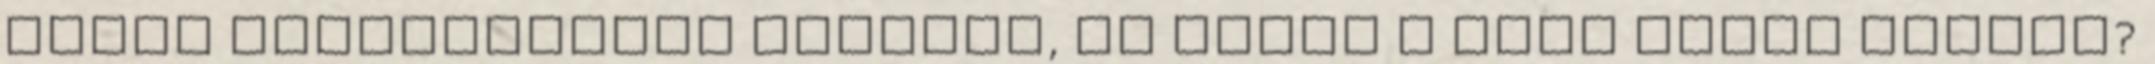
alján folyamatosan világit, mi lehet a hiba tudja valaki?